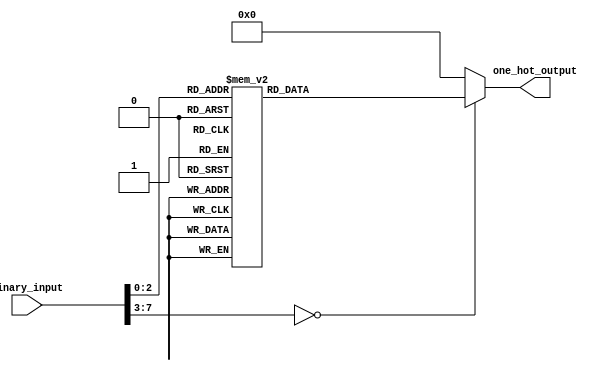
module encoder (
  input [7:0] binary_input,
  output [7:0] one_hot_output
);

always @* begin
  case (binary_input)
    8'h00: one_hot_output = 8'b00000001;
    8'h01: one_hot_output = 8'b00000010;
    8'h02: one_hot_output = 8'b00000100;
    8'h03: one_hot_output = 8'b00001000;
    8'h04: one_hot_output = 8'b00010000;
    8'h05: one_hot_output = 8'b00100000;
    8'h06: one_hot_output = 8'b01000000;
    8'h07: one_hot_output = 8'b10000000;
    default: one_hot_output = 8'b00000000;
  endcase
end

endmodule